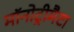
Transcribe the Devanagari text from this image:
मॉनोट्रीमैटा